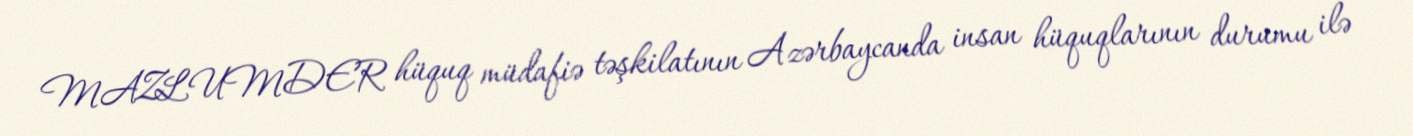
MAZLUMDER hüquq müdafiə təşkilatının Azərbaycanda insan hüquqlarının durumu ilə